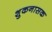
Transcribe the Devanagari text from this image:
शुकनासक